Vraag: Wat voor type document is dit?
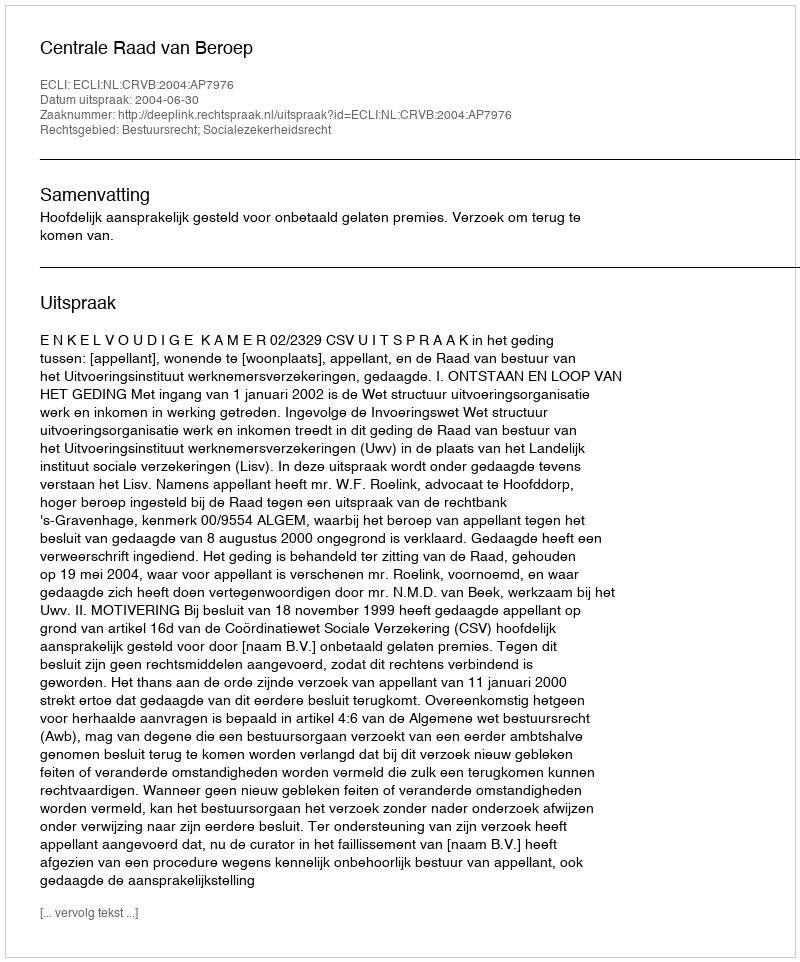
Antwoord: Uitspraak